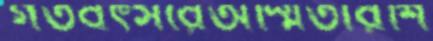
গতবৎসরেঅস্মিতারশি